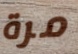
مرة